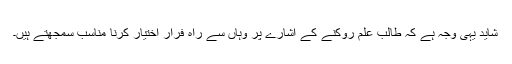
شاید یہی وجہ ہے کہ طالب علم روکنے کے اشارے پر وہاں سے راہِ فرار اختیار کرنا مناسب سمجھتے ہیں۔